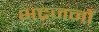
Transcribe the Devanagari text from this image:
भद्रजनों